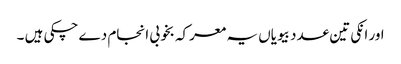
اور انکی تین عدد بیویاں یہ معرکہ بخوبی انجام دے چکی ہیں ۔